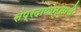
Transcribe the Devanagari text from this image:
संप्रदायानुसारी